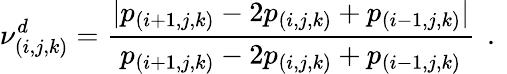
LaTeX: \nu_{(i,j,k)}^{d}=\frac{|p_{(i+1,j,k)}-2p_{(i,j,k)}+p_{(i-1,j,k)}|}{p_{(i+1,j,k)}-2p_{(i,j,k)}+p_{(i-1,j,k)}}\, \mathrm{~.~}